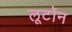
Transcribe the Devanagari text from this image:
लूटॉन